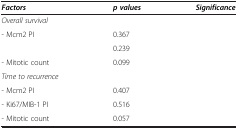
<table><thead><tr><td><b><i>Factors</i></b></td><td><b><i>p values</i></b></td><td><b><i>Significance</i></b></td></tr></thead><tbody><tr><td><i>Overall survival</i></td><td>[EMPTY_CELL]</td><td>[EMPTY_CELL]</td></tr><tr><td>- Mcm2 PI</td><td>0.367</td><td>[EMPTY_CELL]</td></tr><tr><td>[EMPTY_CELL]</td><td>0.239</td><td>[EMPTY_CELL]</td></tr><tr><td>- Mitotic count</td><td>0.099</td><td>[EMPTY_CELL]</td></tr><tr><td><i>Time to recurrence</i></td><td>[EMPTY_CELL]</td><td>[EMPTY_CELL]</td></tr><tr><td>- Mcm2 PI</td><td>0.407</td><td>[EMPTY_CELL]</td></tr><tr><td>- Ki67/MIB-1 PI</td><td>0.516</td><td>[EMPTY_CELL]</td></tr><tr><td>- Mitotic count</td><td>0.057</td><td>[EMPTY_CELL]</td></tr></tbody></table>